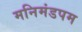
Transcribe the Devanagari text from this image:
मनिमंडपम